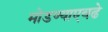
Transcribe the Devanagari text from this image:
मोडण्याएवढे